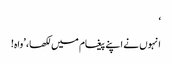
‘
انہوں نے اپنے پیغام میں لکھا، ’واہ!